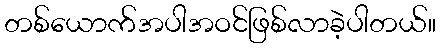
တစ်ယောက်အပါအဝင်ဖြစ်လာခဲ့ပါတယ်။